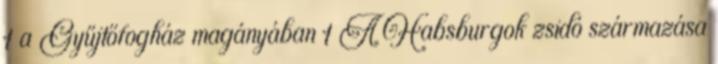
1 a Gyűjtőfogház magányában 1 A Habsburgok zsidó származása